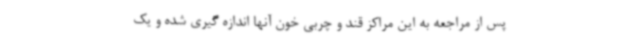
پس از مراجعه به این مراکز قند و چربی خون آنها اندازه گیری شده و یک